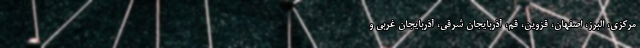
مرکزی، البرز، اصفهان، قزوین، قم، آذربایجان شرقی، آذربایجان غربی و